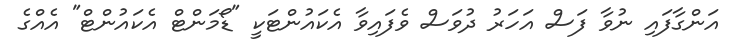
އަންގާފައި ނުވާ ފަސް އަހަރު ދުވަސް ވެފައިވާ އެކައުންޓަކީ "ޑޯމަންޓް އެކައުންޓް" އެއްގެ